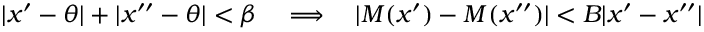
| x ^ { \prime } - \theta | + | x ^ { \prime \prime } - \theta | < \beta \quad \Longrightarrow \quad | M ( x ^ { \prime } ) - M ( x ^ { \prime \prime } ) | < B | x ^ { \prime } - x ^ { \prime \prime } |